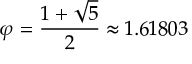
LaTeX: \varphi = { \frac { 1 + { \sqrt { 5 } } } { 2 } } \approx 1 . 6 1 8 0 3